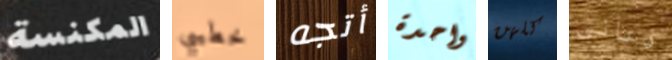
المكنسة خطيبي أتجه واحدة كلهن دعاني